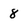
Character: 8